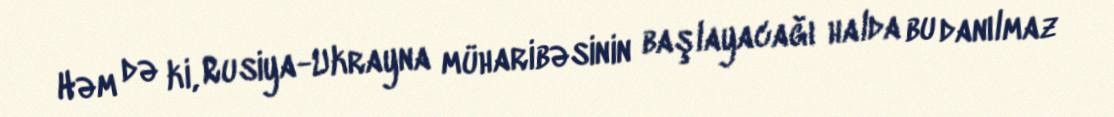
Həm də ki, Rusiya-Ukrayna müharibəsinin başlayacağı halda bu danılmaz